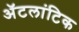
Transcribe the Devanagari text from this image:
ॲटलांटिक